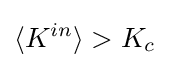
\langle K^{in}\rangle >K_{c}